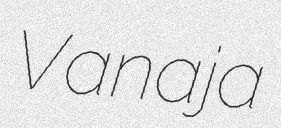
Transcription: Vanaja